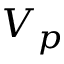
V _ { p }